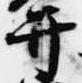
弁